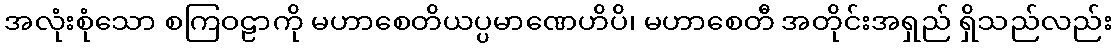
အလုံးစုံသော စကြဝဠာကို မဟာစေတိယပ္ပမာဏေဟိပိ၊ မဟာစေတီ အတိုင်းအရှည် ရှိသည်လည်း